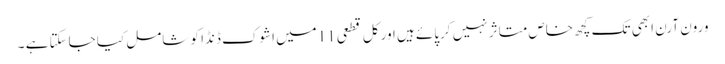
ورون آرن ابھی تک کچھ خاص متاثر نہیں کرپائے ہیں اور کل قطعی 11میں اشوک ڈنڈا کو شامل کیا جاسکتا ہے ۔